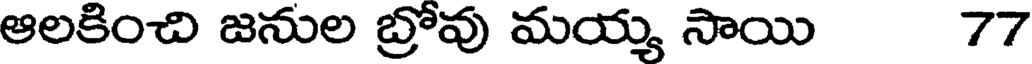
ఆలకించి జనుల బ్రోవు మయ్య సాయి 77